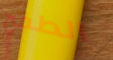
الطفح